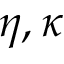
\eta , \kappa